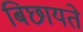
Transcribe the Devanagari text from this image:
बिछायते